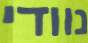
נוודי